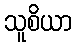
သူစိယာ